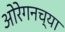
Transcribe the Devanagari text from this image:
ओरेगनच्या